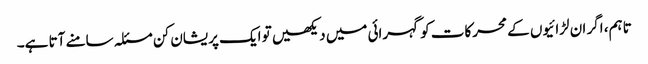
تاہم، اگر ان لڑائیوں کے محرکات کو گہرائی میں دیکھیں تو ایک پریشان کن مسئلہ سامنے آتا ہے۔